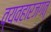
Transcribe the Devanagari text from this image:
व्यवहारजगत्‌